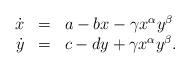
LaTeX: \begin{align*}\begin{array}{rcl}\dot x & = & a-bx-\gamma x^\alpha y^\beta\\\dot y & = & c-dy+\gamma x^\alpha y^\beta.\end{array}\end{align*}